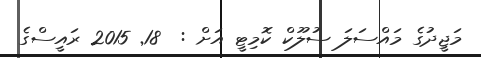
މަޖީދުގެ މައްސަލަ ސުލޫކް ކޮމިޓީ އަށް :  18